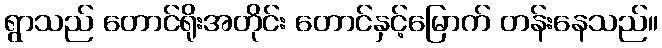
ရွာသည် တောင်ရိုးအတိုင်း တောင်နှင့်မြောက် တန်းနေသည်။